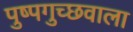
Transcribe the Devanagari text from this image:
पुष्पगुच्छवाला